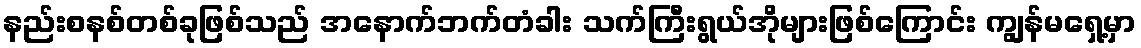
နည်းစနစ်တစ်ခုဖြစ်သည် အနောက်ဘက်တံခါး သက်ကြီးရွယ်အိုများဖြစ်ကြောင်း ကျွန်မရှေ့မှာ